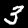
Label: 3